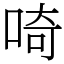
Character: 𠵇